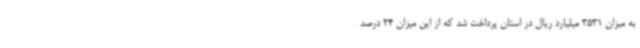
به میزان 3531 میلیارد ریال در استان پرداخت شد که از این میزان 24 درصد